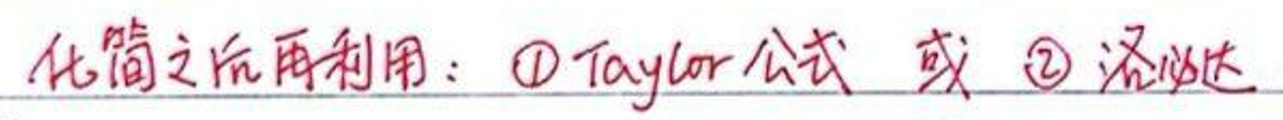
化简之后再利用：$\textcircled{1}$Taylor公式 或$ \textcircled{2}$洛必达